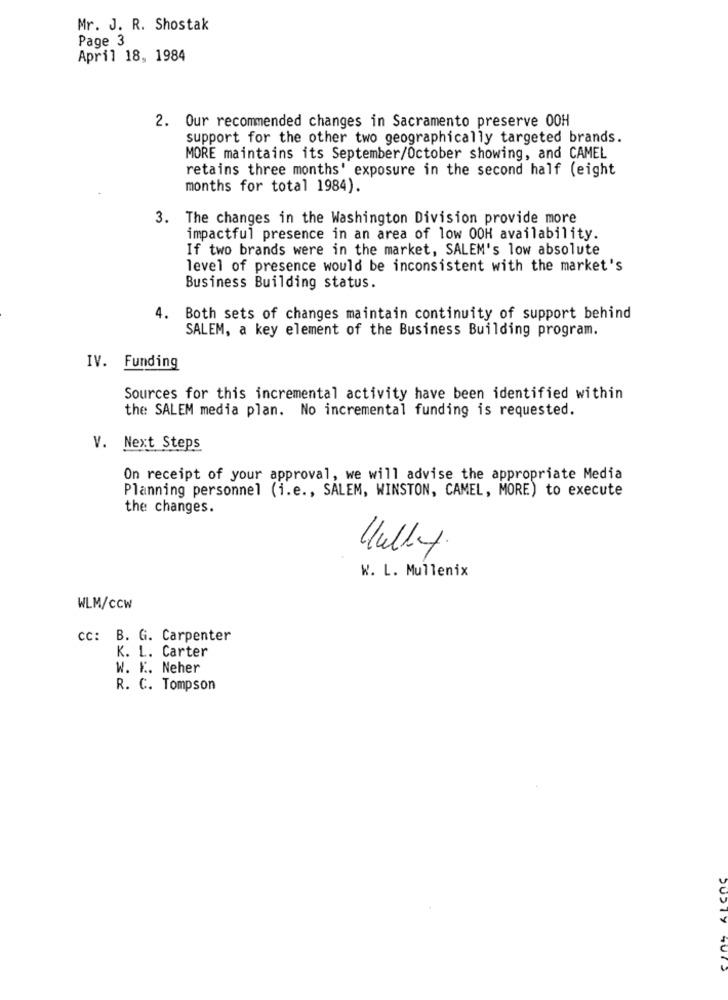
Mr. J. R. Shostak
Page 3
April 18, 1984
2. Our recommended changes in Sacramento preserve 00H
support for the other two geographically targeted brands.
MORE maintains its September/October showing, and CAMEL
retains three months' exposure in the second half (eight
months for total 1984).
3. The changes in the Washington Division provide more
impactful presence in an area of low 00H availability.
If two brands were in the market, SALEM's low absolute
level of presence would be inconsistent with the market's
Business Building status.
Both sets of changes maintain continuity of support behind
SALEM, a key element of the Business Building program.
IV. Funding
Sources for this incremental activity have been identified within
the SALEM media plan. No incremental funding is requested.
V. Next Steps
On receipt of your approval, we will advise the appropriate Media
Planning personnel (i.e ., SALEM, WINSTON, CAMEL, MORE) to execute
the changes.
Hullet
K. L. Mullenix
WLM/CCW
cc: B. G. Carpenter
K. L. Carter
W. K. Neher
R. C. Tompson